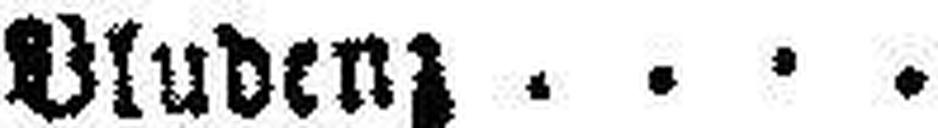
Bludenz